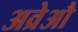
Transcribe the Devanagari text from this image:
अव्रेऔ